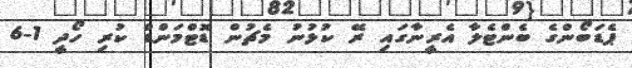
ޕެޑަބޯންގެ ބެންޓެލާ އެރީނާގައި ރޭ ކުޅުނު މެޗުން ޑޮޓްމަންޑް ކުރި ހޯދީ 1-6